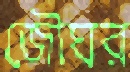
জৌঘর